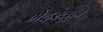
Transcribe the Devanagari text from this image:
भेदरवून